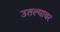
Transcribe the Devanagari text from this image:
उतल्यावर